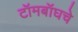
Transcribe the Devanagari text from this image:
टॉमबॉघचे